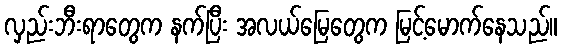
လှည်းဘီးရာတွေက နက်ပြီး အလယ်မြေတွေက မြင့်မောက်နေသည်။